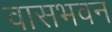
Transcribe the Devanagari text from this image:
वासभवन